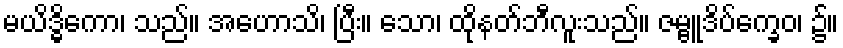
မယိဒ္ဓိကော၊ သည်။ အဟောသိ၊ ပြီး။ သော၊ ထိုနတ်ဘီလူးသည်။ ဇမ္ဗူဒိပ်က္ခေဝ၊ ၌။